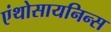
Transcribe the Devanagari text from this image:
एंथोसायनिन्स